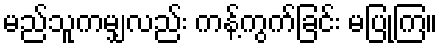
မည်သူကမျှလည်း ကန့်ကွက်ခြင်း မပြုကြ။